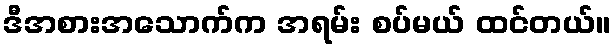
ဒီအစားအသောက်က အရမ်း စပ်မယ် ထင်တယ်။